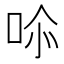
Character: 𭇧